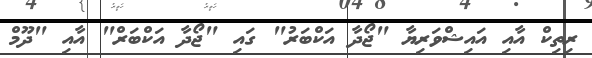
ރިތިކް އާއި އައިޝްވަރިޔާ "ޖޯދާ އަކްބަރު" ގައި "ޖޯދާ އަކްބަރް" އާއި "ދޫމް